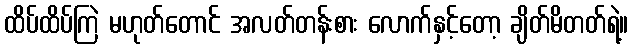
ထိပ်ထိပ်ကြဲ မဟုတ်တောင် အလတ်တန်းစား လောက်နှင့်တော့ ချိတ်မိတတ်ရဲ့။